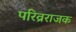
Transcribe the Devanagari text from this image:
परिव्रराजक